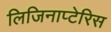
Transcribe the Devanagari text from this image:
लिजिनाप्टेरिस